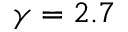
\gamma = 2 . 7